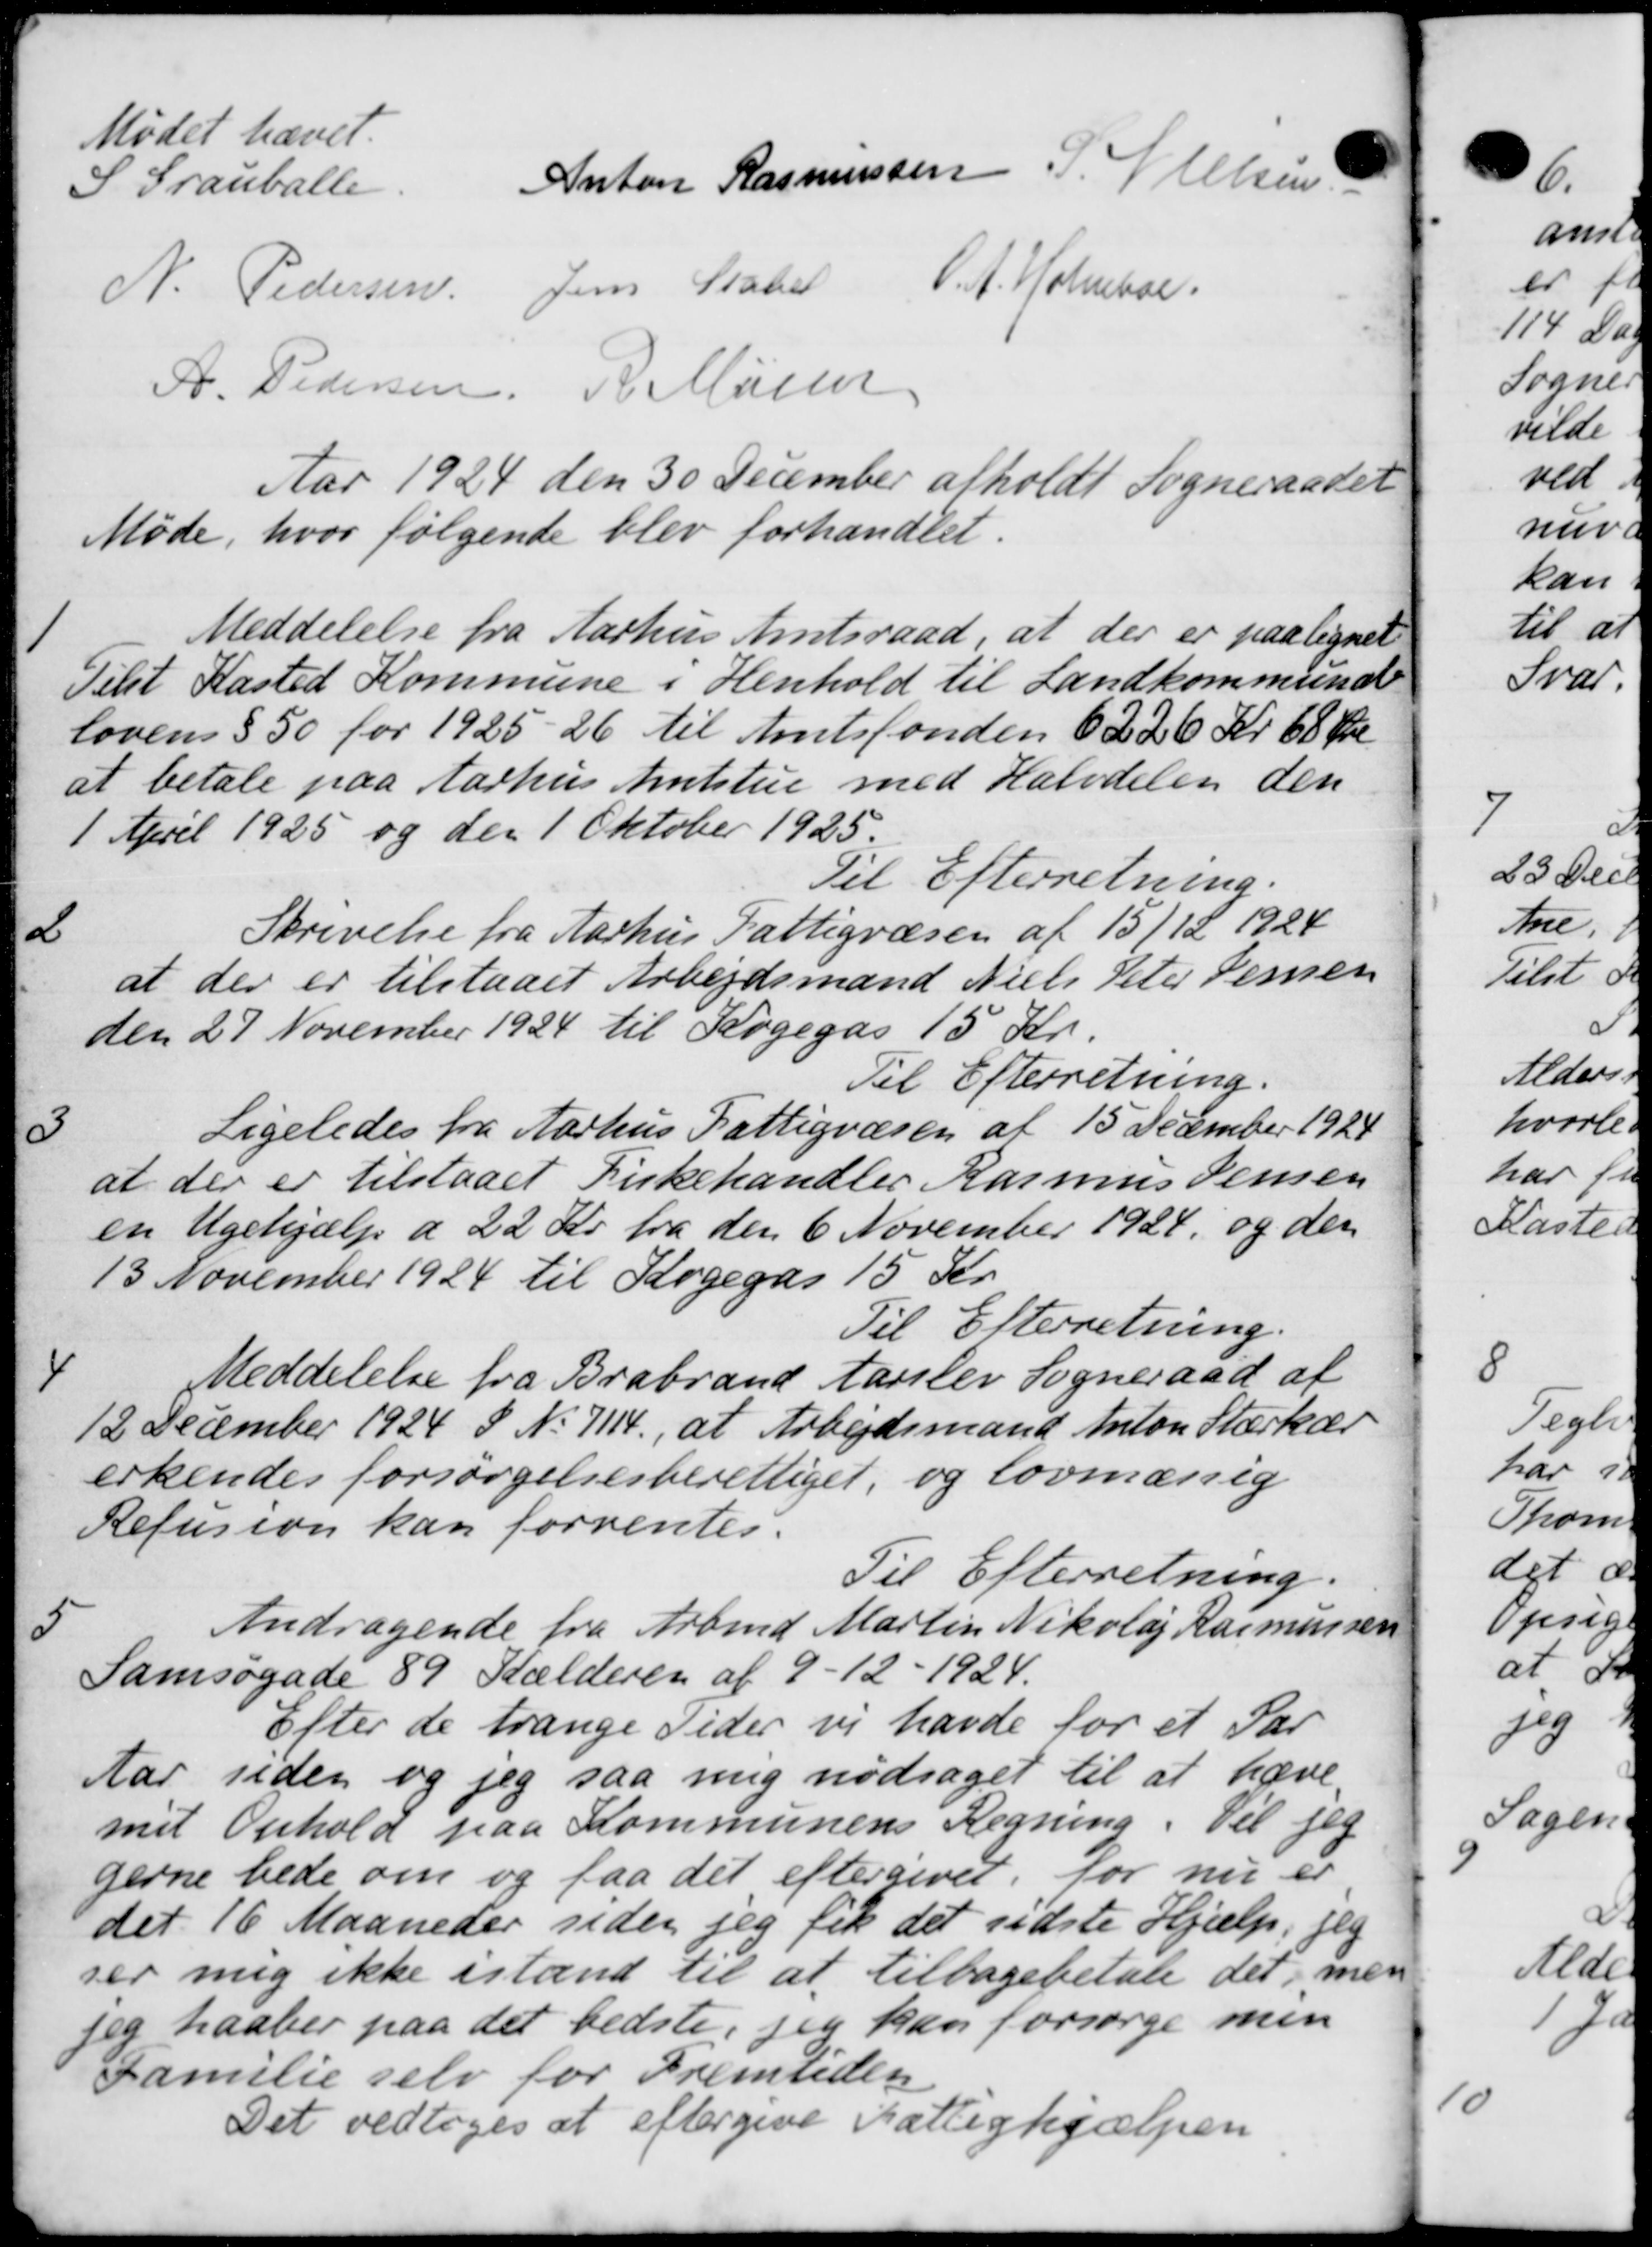
Transskription:
Mødet hævet.
S Grauballe
Anton Rasmussen P. Nielsen
N. Pedersen Jens State V. A. Holmboe.
A. Pedersen R. Musee
Aar 1924 den 30 December afholdt Sogneraadet
Møde, hvor følgende blev forhandlet.
1
Meddelelse fra Aarhus Amtsraad, at der er paalignet
Telst Kasted Kommune i Henhold til Landkommunale
lovens § 50 for 1925-26 til Amtsfonden 6226 Kr 68 Øre
at betale paa Aarhus Amtstue med Halvdelen den
1 April 1925 og den 1 Oktober 1925.
Til Efterretning.
2
Skrivelse fra Aarhus Fattigvæsen af 15/12 1924
at der er tilstaaet Arbejdsmand Niels Peter Jensen
den 27 November 1924 til Kogegas 15 Kr.
Til Efterretning.
3
Ligeledes fra Aarhus Fattigvæsen af 15 December 1924
at der er tilstaaet Kirkehandler Rasmus Jensen
en Ugehjælp a 22 Kr. fra den 6 November 1924, og den
13 November 1924 til Kogegas 15 Kr.
Til Efterretning.
4
Meddelelse fra Brabrand Aarslev Sogneraad af
12 December 1924 § N. 7114., at Arbejdsmand Anton Stærkes
erkendes forsørgelsesberettiget, og lovmæssig
Refusion kan forventes.
Til Efterretning.
5
Andragende fra Arbmd Martin Nikolaj Rasmussen
Samsøgade 89 Kælderen af 9 - 12 - 1924.
Efter de trange Sider vi havde for et Par
Aar siden og jeg saa mig nødsaget til at hæve
met Ophold paa Kommunens Regning. Til jeg
gerne bede om og faa det eftergivet, for nu er
det 16 Maaneder siden jeg fik det sidste Hjælp, fle
ser mig ikke istand til at tilbagebetale det, men
Jeg haaber paa det bedste, jeg kan forsørge men
Familie selv for Fremtiden
Det vedtoges at eftergive Fattighjælpen